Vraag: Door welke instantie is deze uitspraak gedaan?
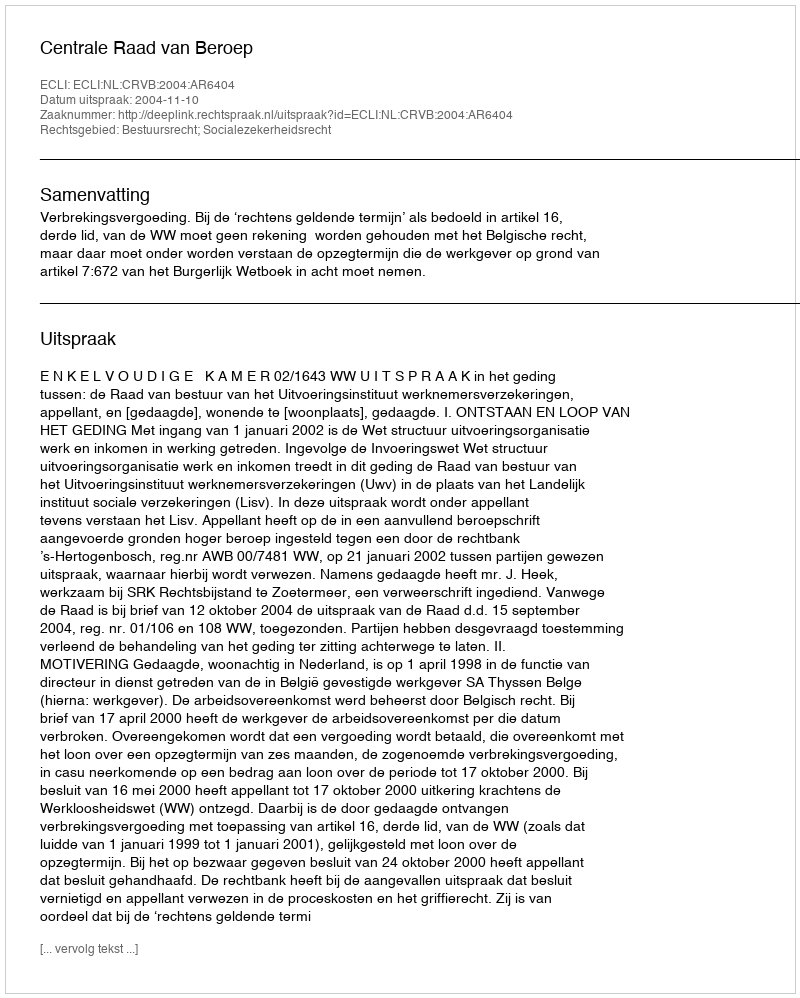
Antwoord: Centrale Raad van Beroep